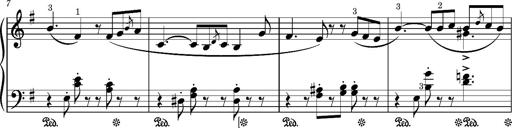
Title: Romance oubliÃ©e
Composer: Franz Liszt